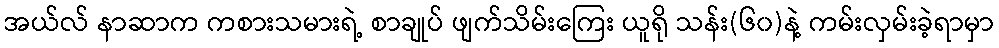
အယ်လ် နာဆာက ကစားသမားရဲ့ စာချုပ် ဖျက်သိမ်းကြေး ယူရို သန်း(၆၀)နဲ့ ကမ်းလှမ်းခဲ့ရာမှာ